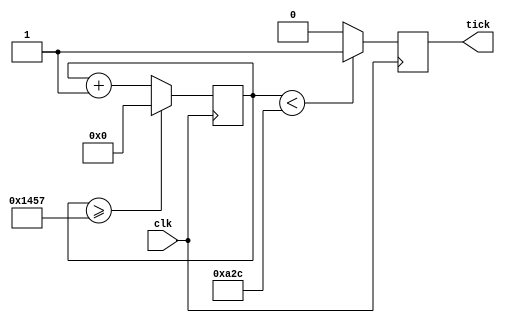
module baudrate_gen(clk, tick);

input clk; 
output reg tick; // Sada do clock em 9600 Hz
reg[27:0] counter=28'd0;
parameter DIVISOR = 28'd5208; // 50Mhz/9600 = 5208

always @(posedge clk)
begin
 counter <= counter + 28'd1;
 if(counter>=(DIVISOR-1)) // Fim do periodo
  counter <= 28'd0;

 tick <= (counter<DIVISOR/2)?1'b1:1'b0; // Decide se vai ser a parte em alto ou em baixa do periodo

end
endmodule